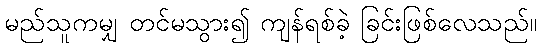
မည်သူကမျှ တင်မသွား၍ ကျန်ရစ်ခဲ့ ခြင်းဖြစ်လေသည်။